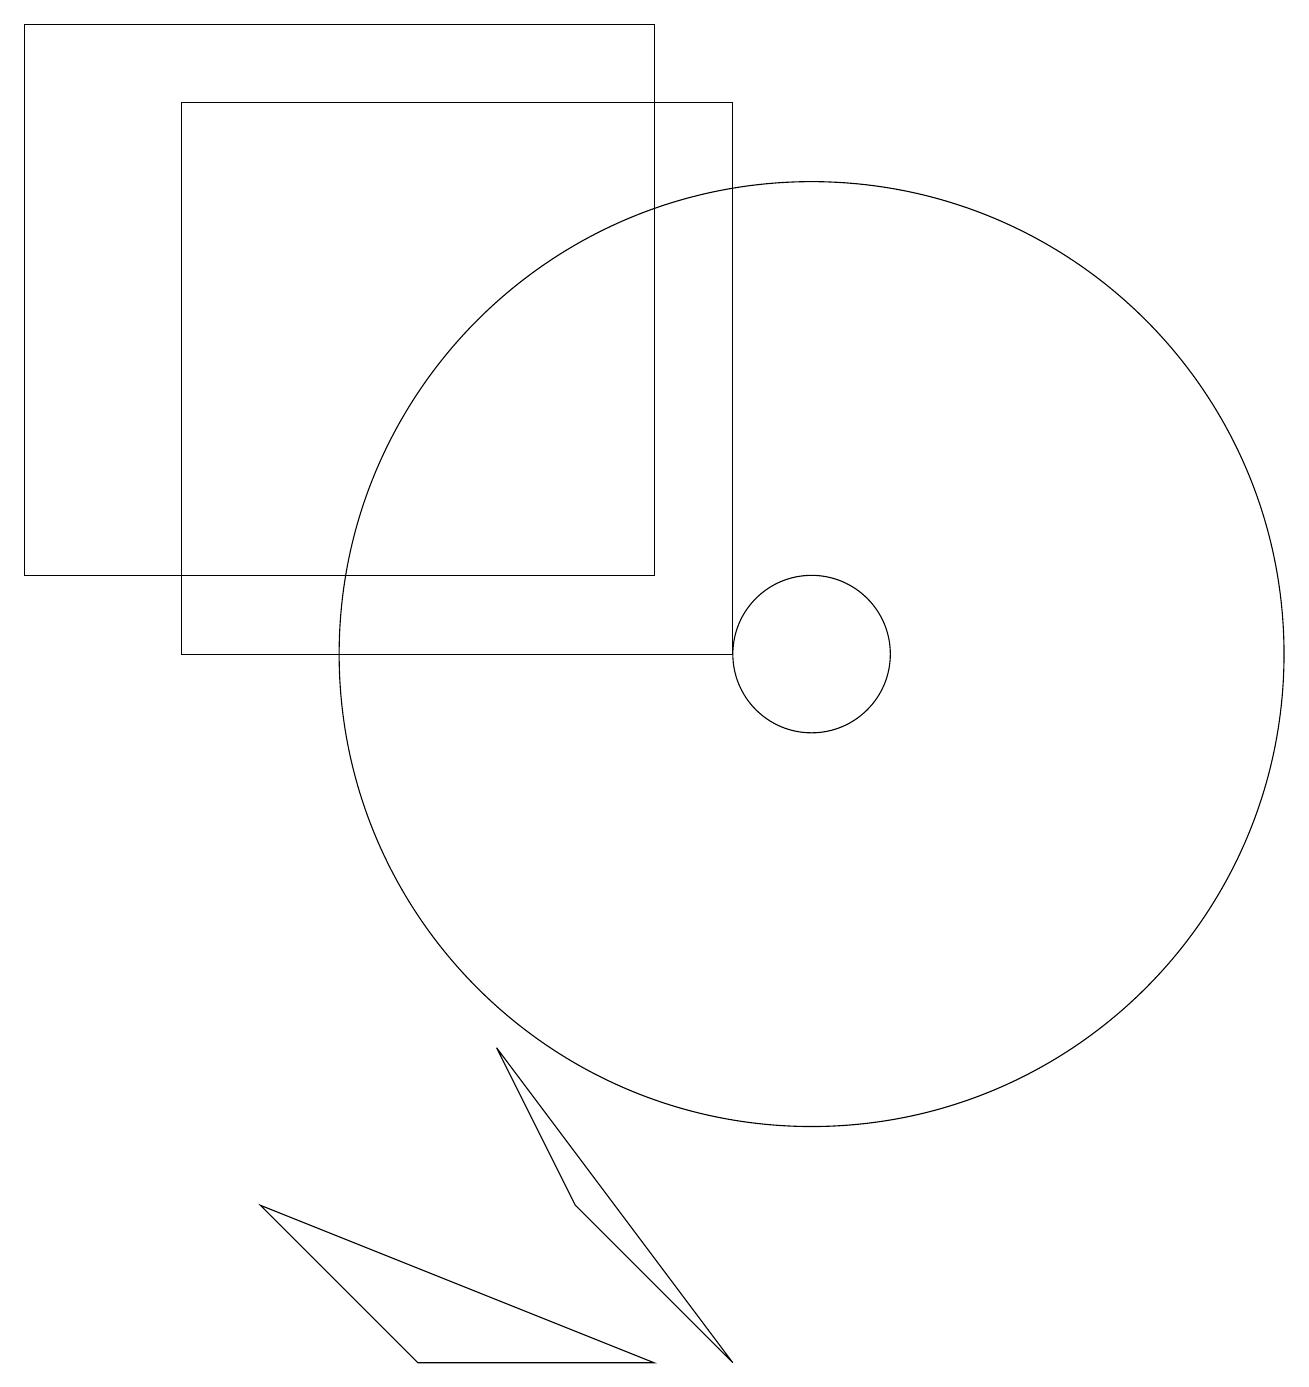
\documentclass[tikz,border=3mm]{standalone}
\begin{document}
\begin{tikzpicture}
\draw (10,12) circle (0);
\draw (8,19) rectangle (0,12);
\draw (10,11) circle (6);
\draw (10,11) circle (1);
\draw (9,18) rectangle (2,11);
\draw (5,2) -- (8,2) -- (3,4) -- cycle;
\draw (9,2) -- (7,4) -- (6,6) -- cycle;
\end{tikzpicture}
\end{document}